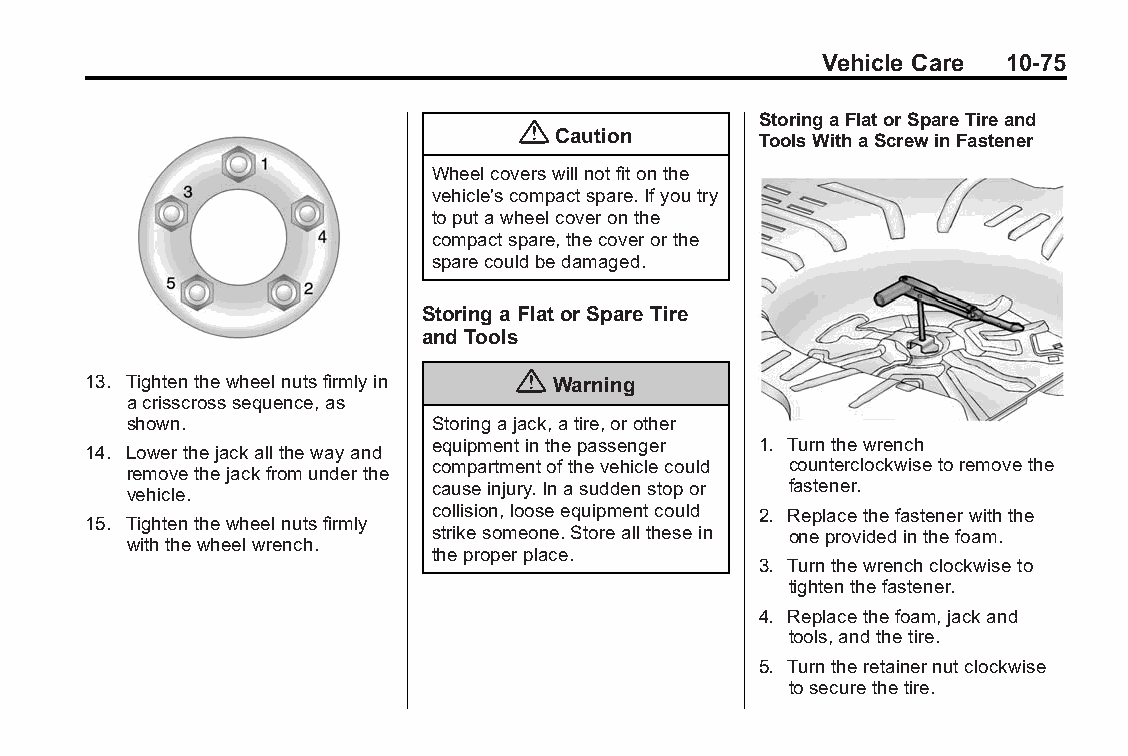
Buick LaCrosse Owner Manual (GMNA-Localizing-U.S./Canada/Mexico- Blackplate(75,1)
 6043609)-2014-2ndEdition-10/17/13
 Vehicle Care 10-75
 StoringaFlatorSpareTireand
 {
 Caution       ToolsWithaScrewinFastener
 Wheelcoverswillnotfitonthe
 vehicle'scompactspare.Ifyoutry
 toputawheelcoveronthe
 compactspare,thecoverorthe
 sparecouldbedamaged.
 Storing aFlator Spare Tire
 and Tools
 13. Tightenthewheelnutsfirmlyin { Warning
 acrisscrosssequence,as
 shown.              Storingajack,atire,orother
 equipmentinthepassenger 1. Turnthewrench
 14. Lowerthejackallthewayand
 compartmentofthevehiclecould counterclockwisetoremovethe
 removethejackfromunderthe
 vehicle.            causeinjury.Inasuddenstopor fastener.
 collision,looseequipmentcould 2. Replacethefastenerwiththe
 15. Tightenthewheelnutsfirmly
 strikesomeone.Storeallthesein oneprovidedinthefoam.
 withthewheelwrench.
 theproperplace.
 3. Turnthewrenchclockwiseto
 tightenthefastener.
 4. Replacethefoam,jackand
 tools,andthetire.
 5. Turntheretainernutclockwise
 tosecurethetire.